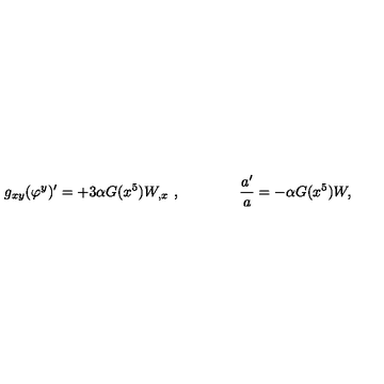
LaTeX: g _ { x y } ( \varphi ^ { y } ) ^ { \prime } = + 3 \alpha G ( x ^ { 5 } ) W _ { , x } \ , \qquad \qquad { \frac { a ^ { \prime } } { a } } = - \alpha G ( x ^ { 5 } ) W ,